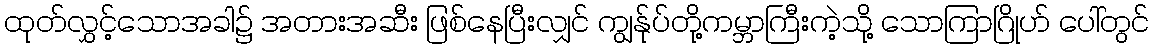
ထုတ်လွှင့်သောအခါ၌ အတားအဆီး ဖြစ်နေပြီးလျှင် ကျွန်ုပ်တို့ကမ္ဘာကြီးကဲ့သို့ သောကြာဂြိုဟ် ပေါ်တွင်